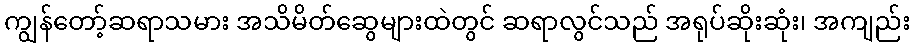
ကျွန်တော့်ဆရာသမား အသိမိတ်ဆွေများထဲတွင် ဆရာလွင်သည် အရုပ်ဆိုးဆုံး၊ အကျည်း